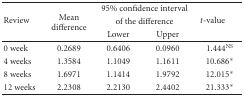
| <ROWSPAN=2> Review | <ROWSPAN=2> Mean difference | <COLSPAN=2> 95% confidence interval of the difference | <ROWSPAN=2> t-value |
 | Lower | Upper |
 | --- | --- | --- | --- | --- |
 | 0 week | 0.2689 | 0.6406 | 0.0960 | 1.444NS |
 | 4 weeks | 1.3584 | 1.1049 | 1.1611 | 10.686* |
 | 8 weeks | 1.6971 | 1.1414 | 1.9792 | 12.015* |
 | 12 weeks | 2.2308 | 2.2130 | 2.4402 | 21.333* |